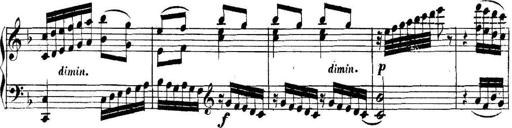
Title: Collected Piano Sonatas
Composer: Muzio Clementi